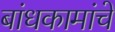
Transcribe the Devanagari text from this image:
बांधकामांचे